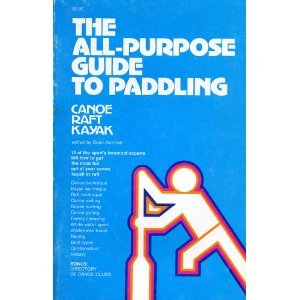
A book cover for The All-Purpose Guide to Paddling; Matteson; Sports & Outdoors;